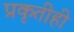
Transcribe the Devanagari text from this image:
प्रकृतीही